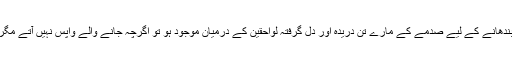
جب ماں جیسی ریاست کا منتظم اعلٰی ڈھارس بندھانے کے لیے صدمے کے مارے تن دریدہ اور دل گرفتہ لواحقین کے درمیان موجود ہو تو اگرچہ جانے والے واپس نہیں آتے مگر زندہ رہنے کا حوصلہ ضرور واپس آجاتا ہے۔